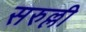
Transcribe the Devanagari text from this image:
सरुल्ली